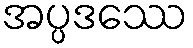
အပ္ပဒဿေ